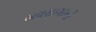
ભવસાગરનો